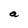
Character: a